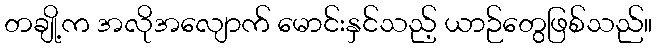
တချို့က အလိုအလျောက် မောင်းနှင်သည့် ယာဉ်တွေဖြစ်သည်။